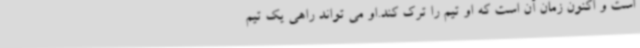
است و اکنون زمان آن است که او تیم را ترک کند.او می تواند راهی یک تیم